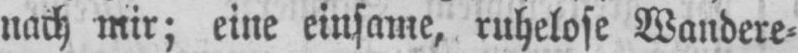
nach mir; eine einsame, ruhelose Wandere⸗